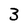
Character: 3